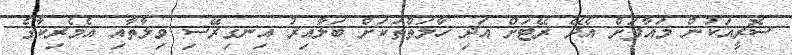
ސޮރީއަކުން މައާފަށް އެދޭ ރޭޓަށް އަދި ހާލަތްތަކަށް ބަލާއިރު އިނގިރޭސި ވިލާތާއި އެމެރިކާގެ